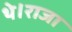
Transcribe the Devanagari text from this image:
थे।राजा